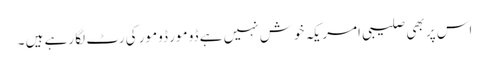
اس پر بھی صلیبی امریکہ خوش نہیں ہے ڈو مور ڈومور کی رٹ لگا رہے ہیں ۔